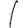
Digit: 1